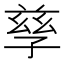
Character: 孳